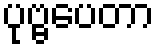
ပုဗ္ဗပေတာ